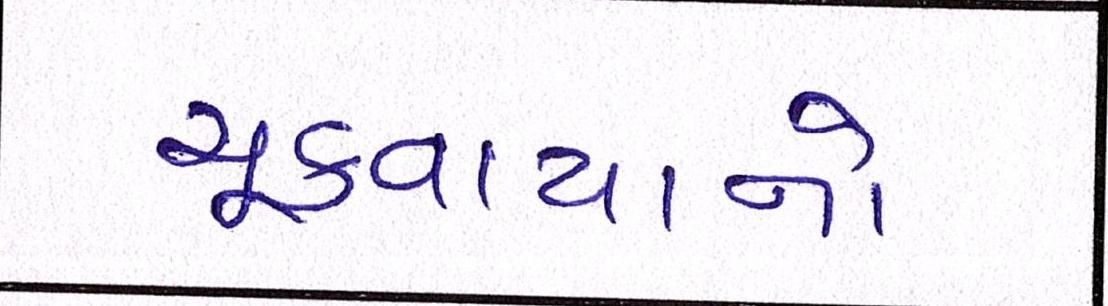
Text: ચૂકવાયાનો